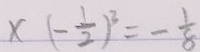
x ( - \frac { 1 } { 2 } ) ^ { 3 } = - \frac { 1 } { 8 }